Scottish Certificate of Education, 1962
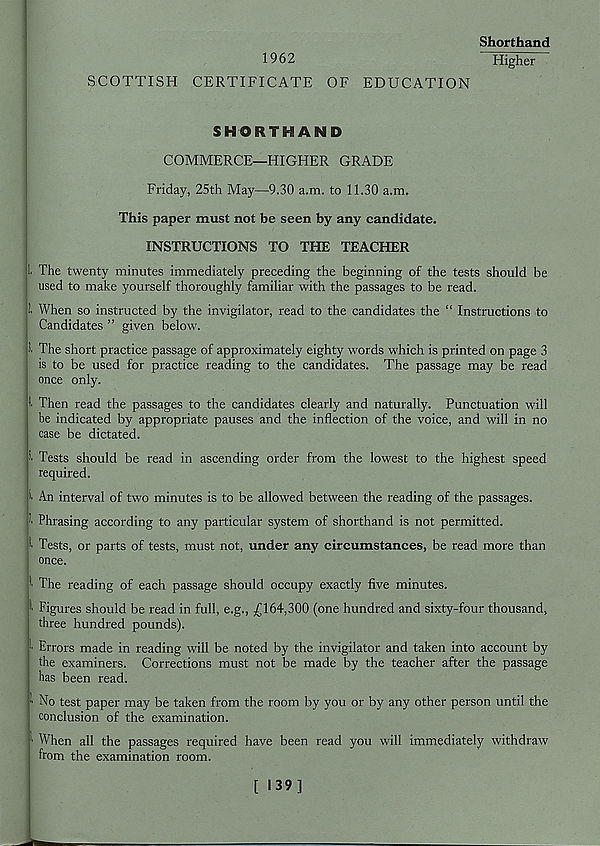
Shorthand
1962
Higher
SCOTTISH CERTIFICATE OF EDUCATION
SHORTHAND
COMMERCE—HIGHER GRADE
Friday, 25th May—9.30 a.m. to 11.30 a.m.
This paper must not be seen by any candidate.
INSTRUCTIONS TO THE TEACHER
I. The twenty minutes immediately preceding the beginning of the tests should be
used to make yourself thoroughly familiar with the passages to be read.
1 When so instructed by the invigilator, read to the candidates the “ Instructions to
Candidates ” given below.
1 The short practice passage of approximately eighty words which is printed on page 3
is to be used for practice reading to the candidates. The passage may be read
once only.
1 Then read the passages to the candidates clearly and naturally. Punctuation will
be indicated by appropriate pauses and the inflection of the voice, and wall in no
case be dictated.
1 Tests should be read in ascending order from the lowest to the highest speed
required.
An interval of two minutes is to be allowed between the reading of the passages.
1 Phrasing according to any particular system of shorthand is not permitted.
1 Tests, or parts of tests, must not, under any circumstances, be read more than
once.
1 The reading of each passage should occupy exactly five minutes.
i Figures should be read in full, e.g., ^164,300 (one hundred and sixty-four thousand,
three hundred pounds).
Errors made in reading will be noted by the invigilator and taken into account by
the examiners. Corrections must not be made by the teacher after the passage
has been read.
■ ■ No test paper may be taken from the room by you or by any other person until the
conclusion of the examination.
' ■ When all the passages required have been read you will immediately withdraw
from the examination room.
[ >39]